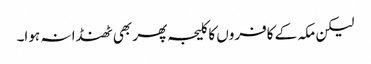
لیکن مکہ کے کافروں کا کلیجہ پھر بھی ٹھنڈا نہ ہوا۔